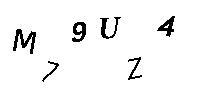
M79UZ4